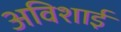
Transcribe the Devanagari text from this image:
अविशाई